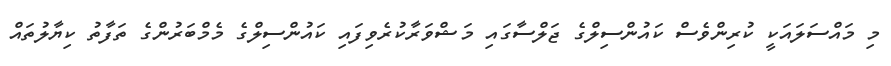
މި މައްސަލައަކީ ކުރިންވެސް ކައުންސިލްގެ ޖަލްސާގައި މަޝްވަރާކުރެވިފައި ކައުންސިލްގެ މެމްބަރުންގެ ތަފާތު ކިޔާލުތައް